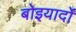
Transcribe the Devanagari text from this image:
बोइयार्दो